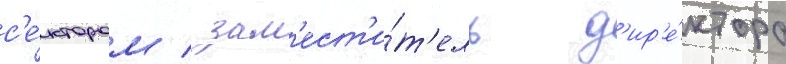
с'е́ктором / зам'ест'и́т'ель д'ир'е́ктора